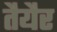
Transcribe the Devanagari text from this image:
तैयैर